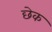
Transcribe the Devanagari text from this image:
छेक